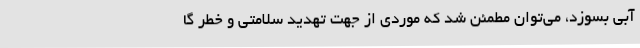
آبی بسوزد، می‌توان مطمئن شد که موردی از جهت تهدید سلامتی و خطر گا